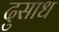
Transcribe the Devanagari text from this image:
दुसाध